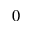
0